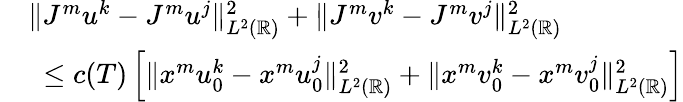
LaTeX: \begin{array}{rl}&{\| J^{m}u^{k}-J^{m}u^{j}\| _{L^{2}(\mathbb{R})}^{2}+\| J^{m}v^{k}-J^{m}v^{j}\| _{L^{2}(\mathbb{R})}^{2}}\\ &{\ \leq c(T)\left[\| x^{m}u_{0}^{k}-x^{m}u_{0}^{j}\| _{L^{2}(\mathbb{R})}^{2}+\| x^{m}v_{0}^{k}-x^{m}v_{0}^{j}\| _{L^{2}(\mathbb{R})}^{2}\right]}\end{array}